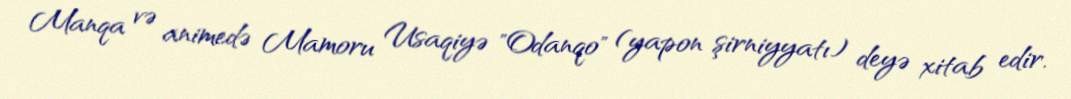
Manqa və animedə Mamoru Usaqiyə "Odanqo" (yapon şirniyyatı) deyə xitab edir.